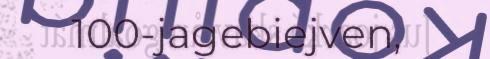
100-jagebiejven,